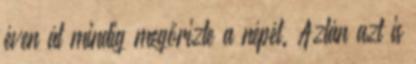
éven át mindig megőrizte a népét. Aztán azt is